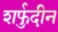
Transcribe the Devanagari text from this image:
शर्फुदीन